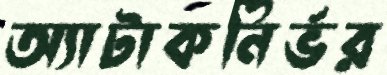
অ্যাটাকনির্ভর